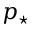
p _ { \star }